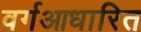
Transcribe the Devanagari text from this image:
वर्गआधारित